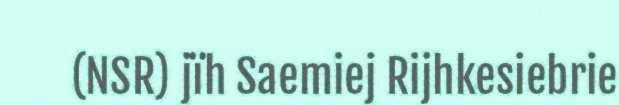
(NSR) jïh Saemiej Rijhkesiebrie